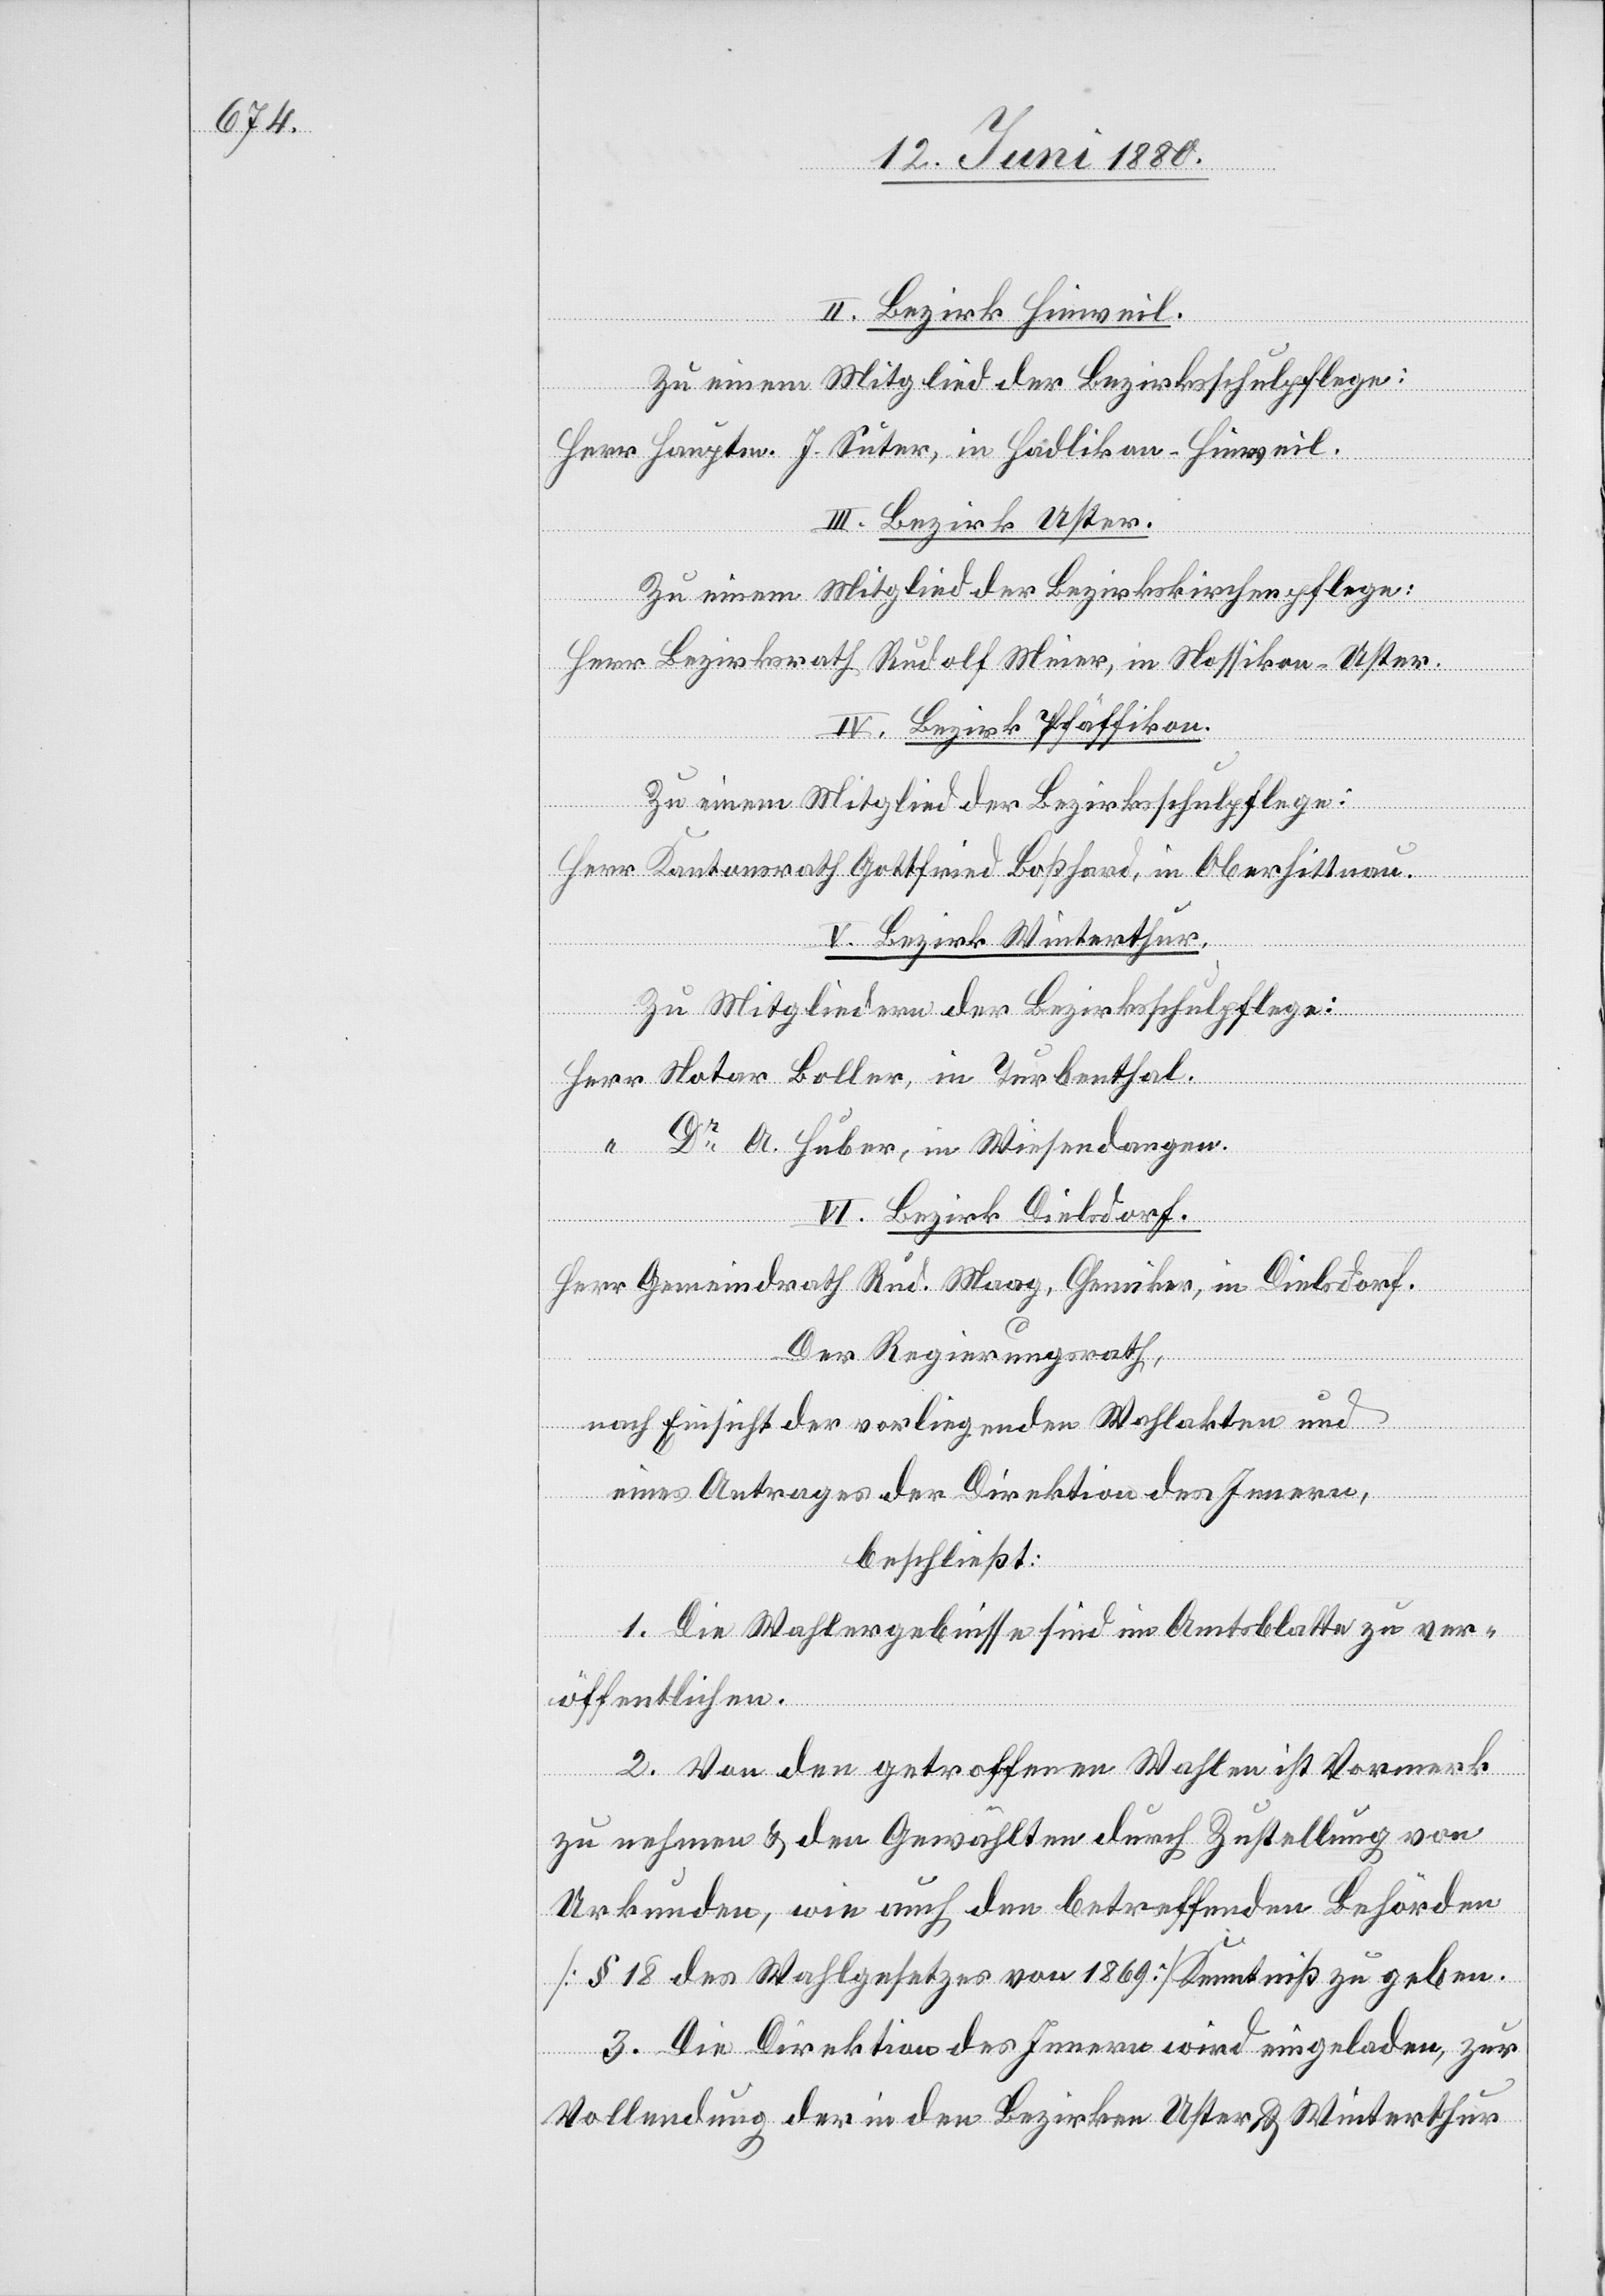
II. Bezirk Hinweil.
Zu einem Mitglied der Bezirksschulpflege:
Herr Hauptm. J. Suter, in Hadlikon - Hinweil.
III. Bezirk Uster.
Zu einem Mitglied der Bezirkskirchenpflege:
Herr Bezirksrath Rudolf Meier, in Nassikon - Uster.
IV. Bezirk Pfäffikon.
Zu einem Mitglied der Bezirksschulpflege:
Herr Kantonsrath Gottfried Boßhard, in Oberhittnau.
V. Bezirk Winterthur.
Zu Mitgliedern der Bezirksschulpflege:
Notar Boller, in Turbenthal.
Dr. A. Huber, in Wiesendangen.
VI. Bezirk Dielsdorf.
Herr Gemeindrath Rud. Maag, Chemiker, in Dielsdorf.
Der Regierungsrath,
nach Einsicht die vorliegenden Wahlakten und
eines Antrages der Direktion des Innern,
beschließt:
1. Die Wahlergebnisse sind im Amtsblatte zu ver¬
öffentlichen.
2. Von den getroffenen Wahlen ist Vormerk
zu nehmen & den Gewählten durch Zustellung von
Urkunden, wie auch den betreffenden Behörden
[§ 18 des Wahlgesetzes von 1869] Kenntniß zu geben.
3. Die Direktion des Innern wird eingeladen, zur
Vollendung der in den Bezirken Uster & Winterthur